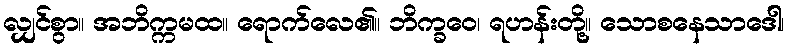
လျှင်စွာ။ အဘိက္ကမထ။ ရောက်လေ၏။ ဘိက္ခဝေ၊ ရဟန်းတို့။ သောစနေသာဒေါ၊